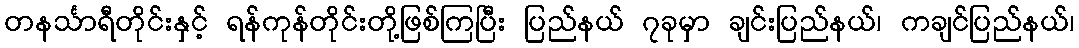
တနင်္သာရီတိုင်းနှင့် ရန်ကုန်တိုင်းတို့ဖြစ်ကြပြီး ပြည်နယ် ၇ခုမှာ ချင်းပြည်နယ်၊ ကချင်ပြည်နယ်၊